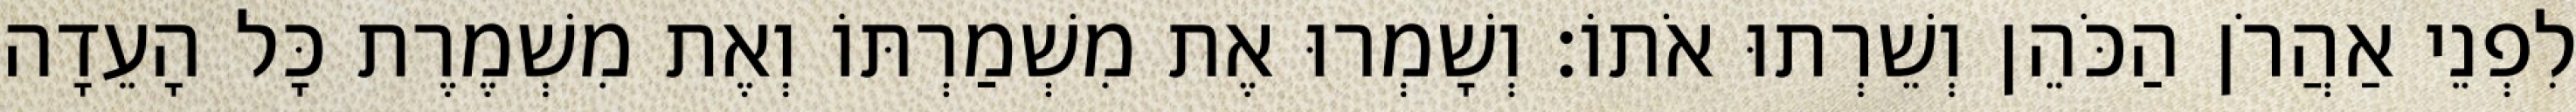
לִפְנֵי אַהֲרֹן הַכֹּהֵן וְשֵׁרְתוּ אֹתוֹ׃ וְשָׁמְרוּ אֶת מִשְׁמַרְתּוֹ וְאֶת מִשְׁמֶרֶת כָּל הָעֵדָה